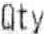
QTY